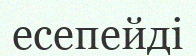
есепейді